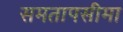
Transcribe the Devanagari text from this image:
समतापसीमा